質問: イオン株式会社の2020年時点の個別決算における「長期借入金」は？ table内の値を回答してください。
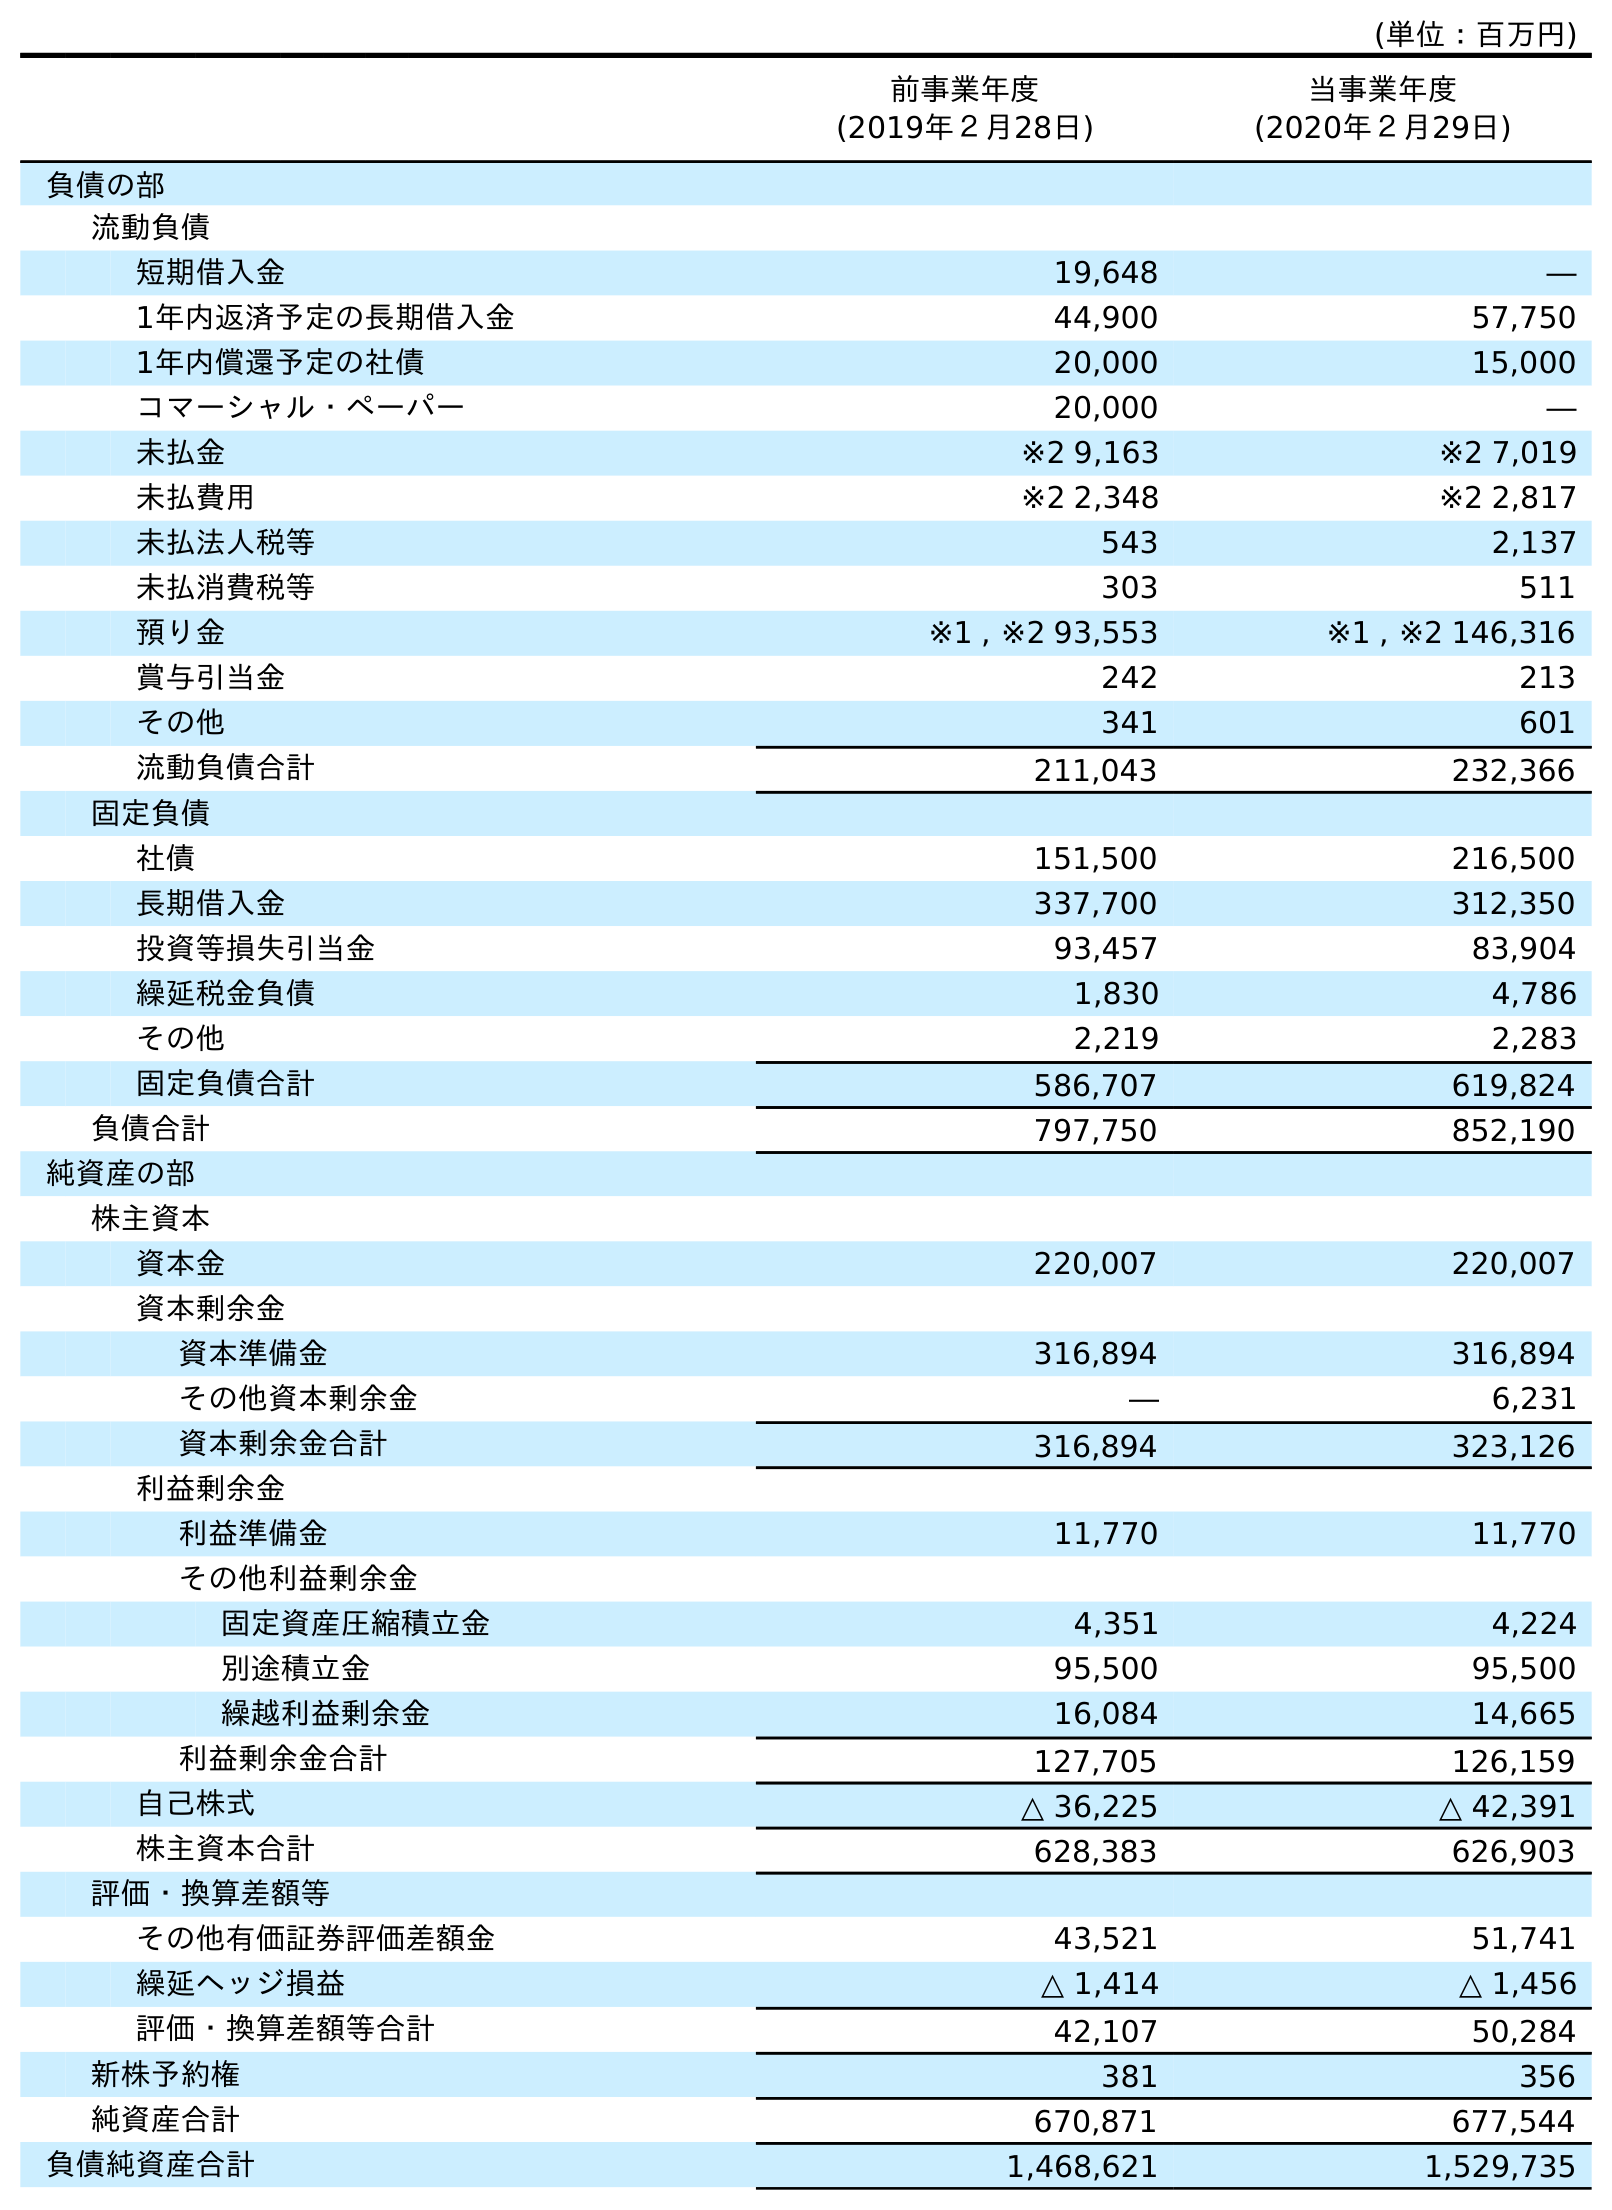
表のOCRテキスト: (単位：百万円) 前事業年度 (2019年２月28日) 当事業年度 (2020年２月29日) 負債の部 流動負債 短期借入金 19,648 ― 1年内返済予定の長期借入金 44,900 57,750 1年内償還予定の社債 20,000 15,000 コマーシャル・ペーパー 20,000 ― 未払金 ※2 9,163 ※2 7,019 未払費用 ※2 2,348 ※2 2,817 未払法人税等 543 2,137 未払消費税等 303 511 預り金 ※1 , ※2 93,553 ※1 , ※2 146,316 賞与引当金 242 213 その他 341 601 流動負債合計 211,043 232,366 固定負債 社債 151,500 216,500 長期借入金 337,700 312,350 投資等損失引当金 93,457 83,904 繰延税金負債 1,830 4,786 その他 2,219 2,283 固定負債合計 586,707 619,824 負債合計 797,750 852,190 純資産の部 株主資本 資本金 220,007 220,007 資本剰余金 資本準備金 316,894 316,894 その他資本剰余金 ― 6,231 資本剰余金合計 316,894 323,126 利益剰余金 利益準備金 11,770 11,770 その他利益剰余金 固定資産圧縮積立金 4,351 4,224 別途積立金 95,500 95,500 繰越利益剰余金 16,084 14,665 利益剰余金合計 127,705 126,159 自己株式 △ 36,225 △ 42,391 株主資本合計 628,383 626,903 評価・換算差額等 その他有価証券評価差額金 43,521 51,741 繰延ヘッジ損益 △ 1,414 △ 1,456 評価・換算差額等合計 42,107 50,284 新株予約権 381 356 純資産合計 670,871 677,544 負債純資産合計 1,468,621 1,529,735
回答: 312,350